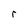
Character: r